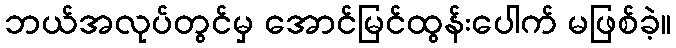
ဘယ်အလုပ်တွင်မှ အောင်မြင်ထွန်းပေါက် မဖြစ်ခဲ့။